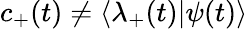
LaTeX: c_{+}(t)\neq\langle\lambda_{+}(t)|\psi(t)\rangle